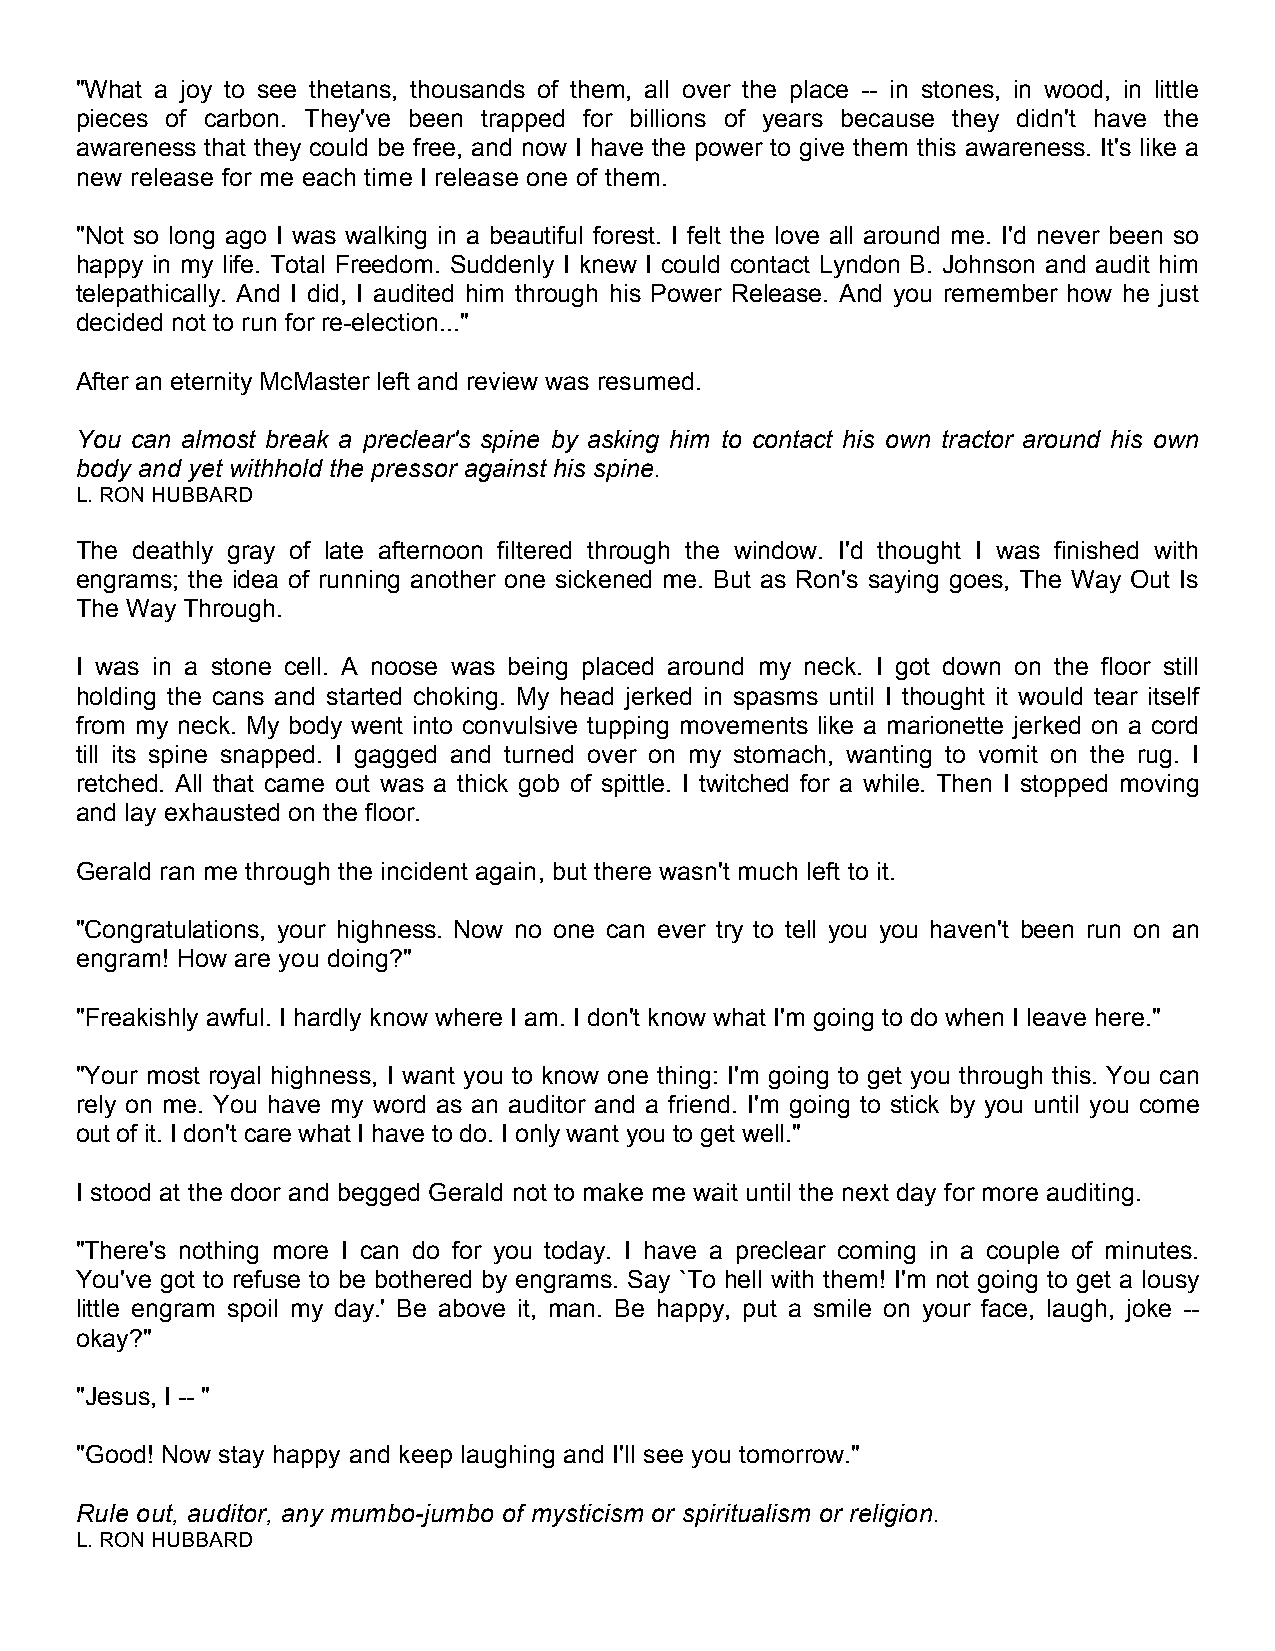
"What a joy to see thetans, thousands of them, all over the place -- in stones, in wood, in little
 pieces of carbon. They've been trapped for billions of years because they didn't have the
 awareness that they could be free, and now I have the power to give them this awareness. It's like a
 new release for me each time I release one of them.
 "Not so long ago I was walking in a beautiful forest. I felt the love all around me. I'd never been so
 happy in my life. Total Freedom. Suddenly I knew I could contact Lyndon B. Johnson and audit him
 telepathically. And I did, I audited him through his Power Release. And you remember how he just
 decided not to run for re-election..."
 After an eternity McMaster left and review was resumed.
 You can almost break a preclear's spine by asking him to contact his own tractor around his own
 body and yet withhold the pressor against his spine.
 L. RON HUBBARD
 The deathly gray of late afternoon filtered through the window. I'd thought I was finished with
 engrams; the idea of running another one sickened me. But as Ron's saying goes, The Way Out Is
 The Way Through.
 I was in a stone cell. A noose was being placed around my neck. I got down on the floor still
 holding the cans and started choking. My head jerked in spasms until I thought it would tear itself
 from my neck. My body went into convulsive tupping movements like a marionette jerked on a cord
 till its spine snapped. I gagged and turned over on my stomach, wanting to vomit on the rug. I
 retched. All that came out was a thick gob of spittle. I twitched for a while. Then I stopped moving
 and lay exhausted on the floor.
 Gerald ran me through the incident again, but there wasn't much left to it.
 "Congratulations, your highness. Now no one can ever try to tell you you haven't been run on an
 engram! How are you doing?"
 "Freakishly awful. I hardly know where I am. I don't know what I'm going to do when I leave here."
 "Your most royal highness, I want you to know one thing: I'm going to get you through this. You can
 rely on me. You have my word as an auditor and a friend. I'm going to stick by you until you come
 out of it. I don't care what I have to do. I only want you to get well."
 I stood at the door and begged Gerald not to make me wait until the next day for more auditing.
 "There's nothing more I can do for you today. I have a preclear coming in a couple of minutes.
 You've got to refuse to be bothered by engrams. Say `To hell with them! I'm not going to get a lousy
 little engram spoil my day.' Be above it, man. Be happy, put a smile on your face, laugh, joke --
 okay?"
 "Jesus, I -- "
 "Good! Now stay happy and keep laughing and I'll see you tomorrow."
 Rule out, auditor, any mumbo-jumbo of mysticism or spiritualism or religion.
 L. RON HUBBARD